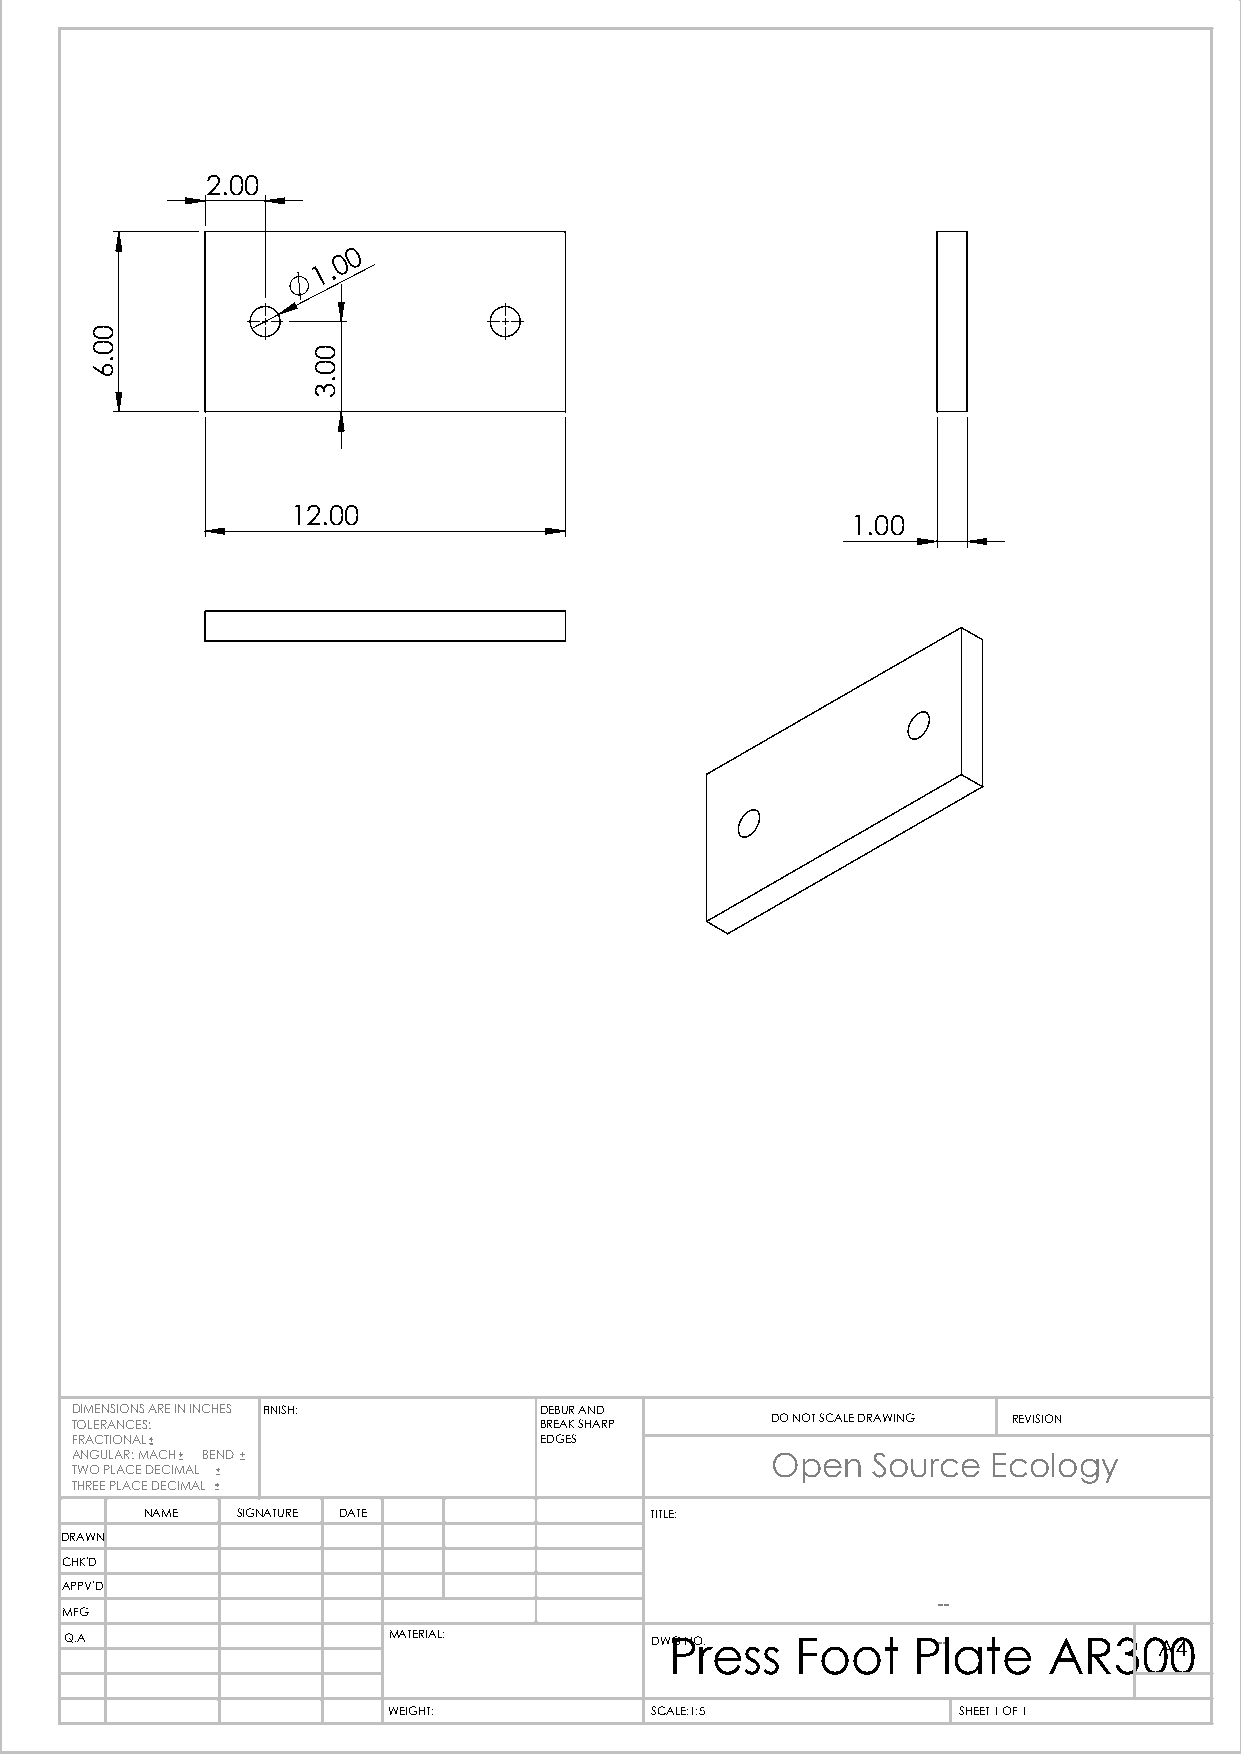
2.00
 0
 0
 1 .
 12.00
 1.00
 DIMENSIONS ARE IN INCHES FINISH: DEBUR AND
 TOLERANCES:                    BREAK SHARP    DO NOT SCALE DRAWING REVISION
 FRACTIONAL                     EDGES
 ANGULAR: MACH BEND                            Open   Source  Ecology
 TWO PLACE DECIMAL
 THREE PLACE DECIMAL
 NAME  SIGNATURE DATE             TITLE:
 DRAWN
 CHK'D
 APPV'D
 --
 MFG
 Q.A                   MATERIAL:        DWPG NOr. ess Foot P--late AR30A04
 WEIGHT:          SCALE:1:5           SHEET 1 OF 1
 00.6
 00.3